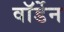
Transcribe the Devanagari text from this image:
वाॅर्डेन